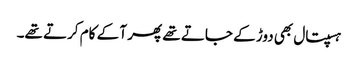
ہسپتال بھی دوڑ کے جاتے تھے پھر آ کے کام کرتے تھے۔